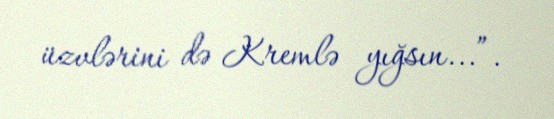
üzvlərini də Kremlə yığsın...”.